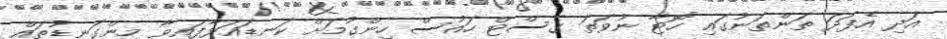
އަދި އެފަދަ ތަންތަނުގައި ހޮޓާ ނުވަތަ ގެސްޓް ހައުސް ހިންގުމަށް ކަނޑައަޅާފައިވާ މިންގަނޑުތައް